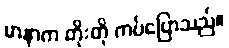
မာနာက တိုးတို ကပ်ပြောသည်။